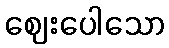
ဈေးပေါသော